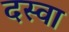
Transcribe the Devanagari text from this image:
दस्वा